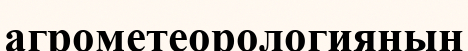
агрометеорологияның